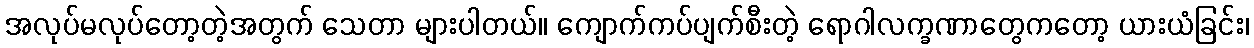
အလုပ်မလုပ်တော့တဲ့အတွက် သေတာ များပါတယ်။ ကျောက်ကပ်ပျက်စီးတဲ့ ရောဂါလက္ခဏာတွေကတော့ ယားယံခြင်း၊